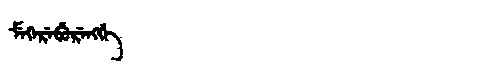
Manchu: ᠮᡝᡴᡝᡵᡝᠪᡠᡵᡝᠩᡤᡝ
Romanization: MEKEREBURENGGE